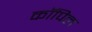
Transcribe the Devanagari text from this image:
कॉपिल